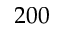
2 0 0